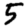
Digit: 5